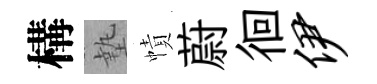
構墊幘蔚徊伊